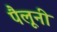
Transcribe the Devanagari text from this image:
पैलूनी